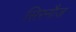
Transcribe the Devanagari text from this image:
सिरनौज